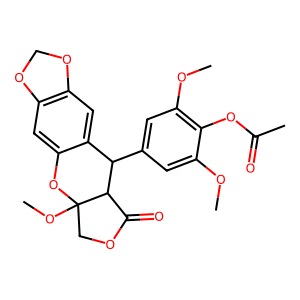
SMILES: COc1cc(C2c3cc4c(cc3OC3(OC)COC(=O)C23)OCO4)cc(OC)c1OC(C)=O
Inhibits HIV replication: No